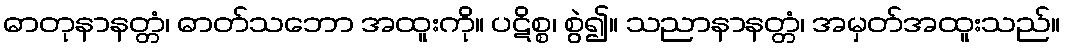
ဓာတုနာနတ္တံ၊ ဓာတ်သဘော အထူးကို။ ပဋိစ္စ၊ စွဲ၍။ သညာနာနတ္တံ၊ အမှတ်အထူးသည်။